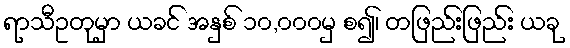
ရာသီဥတုမှာ ယခင် အနှစ် ၁၀,၀၀၀မှ စ၍၊ တဖြည်းဖြည်း ယခု